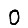
Digit: 0